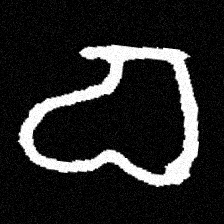
Pyu character \u2014 Myanmar letter: စ (romanized: ca)